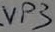
Text: VP3